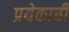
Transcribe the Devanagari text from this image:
प्रयेकाची